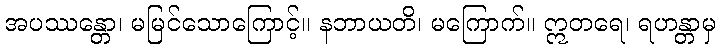
အပဿန္တော၊ မမြင်သောကြောင့်။ နဘာယတိ၊ မကြောက်။ ဣတရေ၊ ရဟန္တာမှ